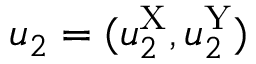
u _ { 2 } = ( u _ { 2 } ^ { \mathrm { X } } , u _ { 2 } ^ { \mathrm { Y } } )